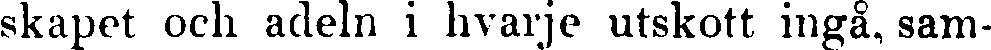
skapet och adeln i hvarje utskott ingå, sam-